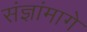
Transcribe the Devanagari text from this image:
संज्ञांमागे